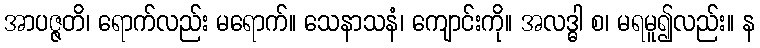
အာပဇ္ဇတိ၊ ရောက်လည်း မရောက်။ သေနာသနံ၊ ကျောင်းကို။ အလဒ္ဓါ စ၊ မရမူ၍လည်း။ န